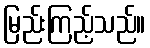
မြည်းကြည့်သည်။